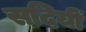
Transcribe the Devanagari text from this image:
सदियीं